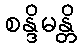
စန္ဒိမန္တိ